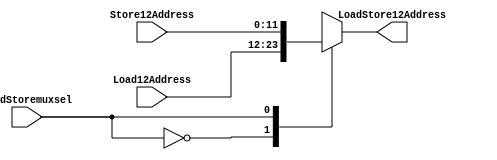
module LoadStoremux(
    Load12Address,
    Store12Address,
    LoadStoremuxsel,
    LoadStore12Address
);

input [11:0] Load12Address;
input [11:0] Store12Address;
input LoadStoremuxsel;
output reg [11:0] LoadStore12Address;

always @* begin
    case(LoadStoremuxsel)
        1'b0: LoadStore12Address <= Load12Address;
        1'b1: LoadStore12Address <= Store12Address;
    endcase
end

endmodule